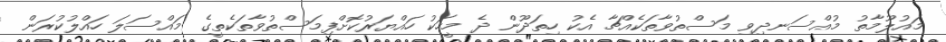
މައުލޫމާތު މުއްސަނދިވި މަސްތުވާތަކެއްޗާ އެކު ހިތަދޫން ދެ މީހަކު ހައްޔަރުކޮށްފިމަސްތުވާތަކެތީގެ މައްސަލަ ހައްލުކުރަން